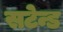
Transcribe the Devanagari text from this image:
सटेन्ड